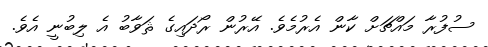
ސުފުރާ މައްޗަށް ކާން އެރުމެވެ. އޭރުން ރޯދައިގެ ޘަވާބު އެ ލިބުނީ އެވެ.